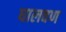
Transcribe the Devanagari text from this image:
घालवण